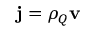
\mathbf { j } = \rho _ { Q } \mathbf { v }